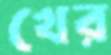
খের